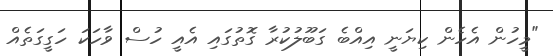
"މީހުން އެހެން ކިޔަނީ އިއްބެ ގަބޫލުކުރާ ގޮތުގައި އެއީ ހުސް ވާހަކަ ހަގީގަތެއް